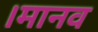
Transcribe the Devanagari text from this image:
।मानव